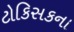
ટોકિસકના